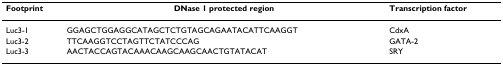
| Footprint | DNase 1 protected region | Transcription factor |
 | --- | --- | --- |
 | Luc3-1 | GGAGCTGGAGGCATAGCTCTGTAGCAGAATACATTCAAGGT | CdxA |
 | Luc3-2 | TTCAAGGTCCTAGTTCTATCCCAG | GATA-2 |
 | Luc3-3 | AACTACCAGTACAAACAAGCAAGCAACTGTATACAT | SRY |